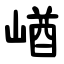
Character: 崷